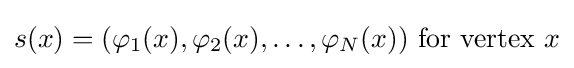
s(x)=(\varphi _{1}(x),\varphi _{2}(x),\ldots ,\varphi _{N}(x)){\text{ for vertex }}x